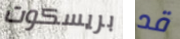
بريسكوت قد